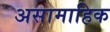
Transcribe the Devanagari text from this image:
असामाहिक